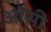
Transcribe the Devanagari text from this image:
ओंसी